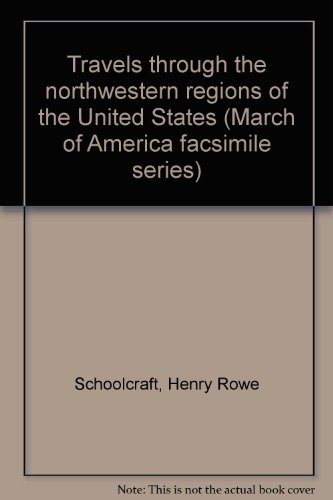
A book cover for Travels through the northwestern regions of the United States (March of America facsimile series); Henry Rowe Schoolcraft; Travel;